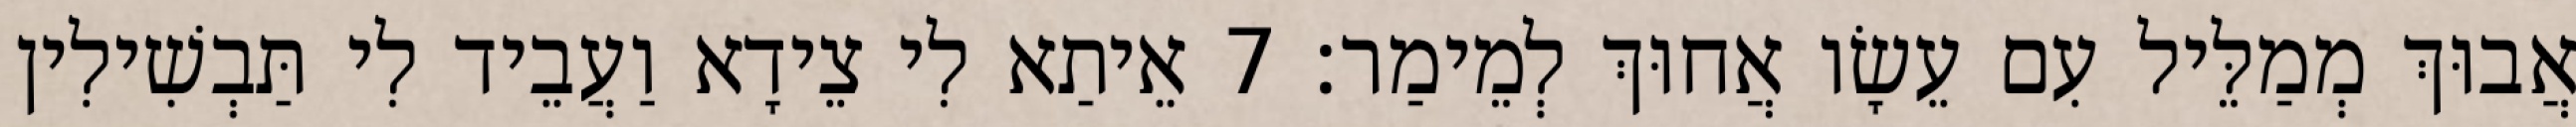
אֲבוּךְ מְמַלֵּיל עִם עֵשָׂו אֲחוּךְ לְמֵימַר׃ 7 אֵיתַא לִי צֵידָא וַעֲבֵיד לִי תַּבְשִׁילִין